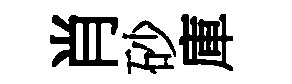
肖砂庫